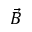
\vec { B }